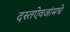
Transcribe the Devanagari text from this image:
दस्तऐवजांमधे